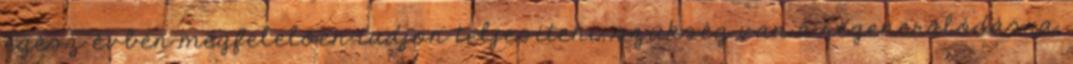
egész évben megfelelően tudjon teljesíteni, szükség van a regenerálódásra,